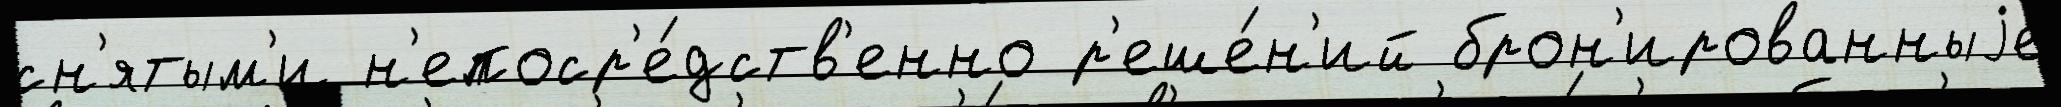
сн'ятым'и н'епоср'е́дств'енно р'еше́н'ий брон'ированныjе